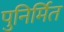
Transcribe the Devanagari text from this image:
पुनिर्मित